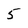
Character: 5